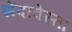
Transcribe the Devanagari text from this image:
झेंदावेस्ता